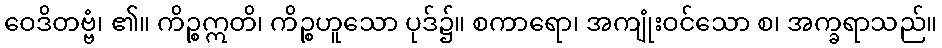
ဝေဒိတဗ္ဗံ၊ ၏။ ကိဉ္စဣတိ၊ ကိဉ္စဟူသော ပုဒ်၌။ စကာရော၊ အကျုံးဝင်သော စ၊ အက္ခရာသည်။